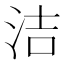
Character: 洁